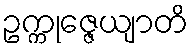
ဥက္ကုဇ္ဇေယျာတိ